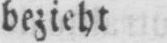
bezieht